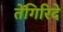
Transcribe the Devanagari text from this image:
तेंगिरिदे